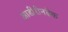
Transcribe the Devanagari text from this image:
आडीरोनडेक